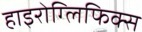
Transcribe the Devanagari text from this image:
हाइरोग्लिफिक्स